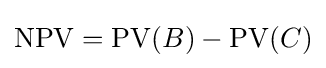
\mathrm {NPV} =\mathrm {PV} (B)-\mathrm {PV} (C)